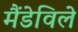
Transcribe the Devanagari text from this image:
मैंडेविले